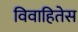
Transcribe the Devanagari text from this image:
विवाहितेस